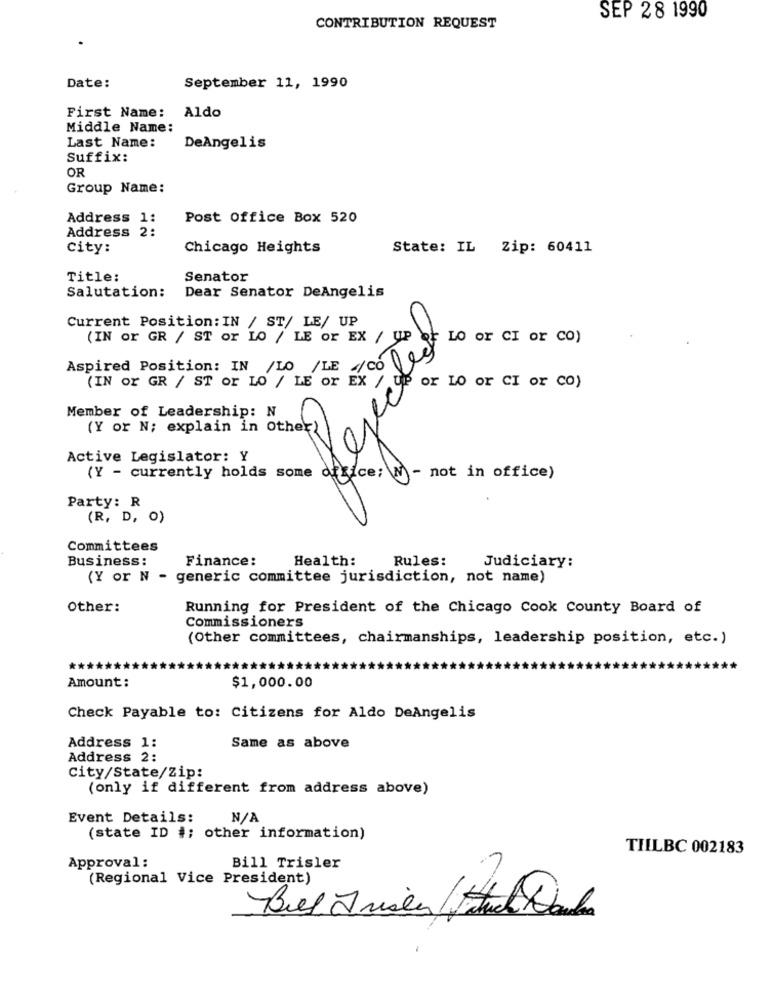
SEP 28 1990
CONTRIBUTION REQUEST
Date:
September 11, 1990
First Name: Aldo
Middle Name:
Last Name:
DeAngelis
Suffix:
OR
Group Name:
Address 1:
Post Office Box 520
Address 2:
city:
Chicago Heights
State: IL Zip: 60411
Title:
Senator
Dear Senator DeAngelis
Salutation:
Current Position: IN / ST/ LE/ UP
(IN or GR / ST or LO / LE or EX / UP
Lo or CI or CO)
Aspired Position: IN /LO /LE /00099
(IN or GR / ST or LO / LE or EX / Up or LO or CI or CO)
Member of Leadership: N
(Y or N; explain in Other))
Active Legislator: Y
(Y - currently holds some office; W - not in office)
Party: R
(R, D, O)
Committees
Business:
Finance:
Health:
Rules:
Judiciary:
(Y or N - generic committee jurisdiction, not name)
Other:
Running for President of the Chicago Cook County Board of
Commissioners
(Other committees, chairmanships, leadership position, etc.)
Amount:
$1,000.00
Check Payable to: Citizens for Aldo DeAngelis
Same as above
Address 1:
Address 2:
City/State/Zip:
(only if different from address above)
Event Details:
(state ID #; other information)
TIILBC 002183
Approval:
Bill Trisler
(Regional Vice President)